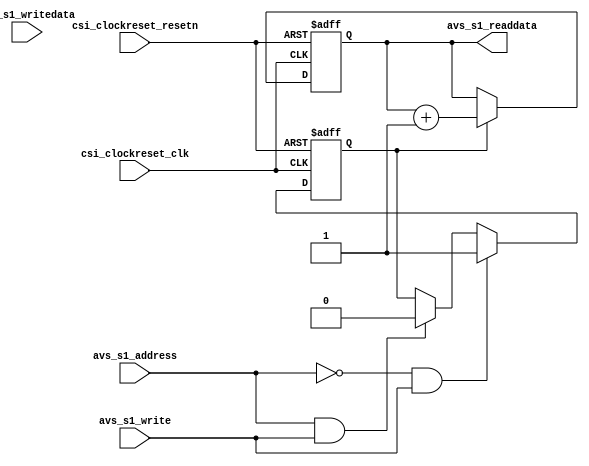
`timescale 1ns / 1ps
module performance_counter (
    // inputs:
    csi_clockreset_clk,
    csi_clockreset_resetn,
    avs_s1_address,
    avs_s1_write,
    avs_s1_writedata,

    // outputs:
    avs_s1_readdata
    );

    input            csi_clockreset_clk;
    input            csi_clockreset_resetn;
    input            avs_s1_address;
    input            avs_s1_write;
    input   [ 31: 0] avs_s1_writedata;
    output  [ 31: 0] avs_s1_readdata;
    reg     [ 31: 0] counter;
    reg              counter_en;
    wire             clk;
    wire             reset_n;
    wire             address;
    wire             write;

    assign clk = csi_clockreset_clk;
    assign reset_n = csi_clockreset_resetn;
    assign address = avs_s1_address;
    assign write = avs_s1_write;

    always @(posedge clk or negedge reset_n)
    begin
        if (reset_n == 0)
            counter_en <= 0;
        else if (address == 0 && write)
            counter_en <= 1;
        else if (address == 1 && write)
            counter_en <= 0;
    end

    always @(posedge clk or negedge reset_n)
    begin
        if (reset_n == 0)
            counter <= 0;
        else if (counter_en)
            counter <= counter + 1;
    end

    assign avs_s1_readdata = counter;

endmodule